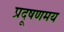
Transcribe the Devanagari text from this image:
प्रदूषणमय